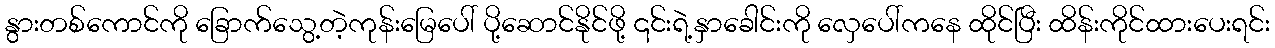
နွားတစ်ကောင်ကို ခြောက်သွေ့တဲ့ကုန်းမြေပေါ် ပို့ဆောင်နိုင်ဖို့ ၎င်းရဲ့နှာခေါင်းကို လှေပေါ်ကနေ ထိုင်ပြီး ထိန်းကိုင်ထားပေးရင်း